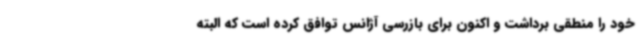
خود را منطقی برداشت و اکنون برای بازرسی آژانس توافق کرده است که البته